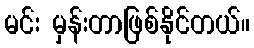
မင်း မှန်းတာဖြစ်နိုင်တယ်။